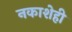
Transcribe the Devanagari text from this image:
नकाशेही